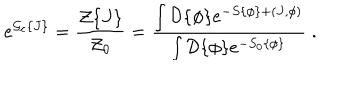
e ^ { { \cal { G } } _ { \mathrm { c } } \{ J \} } = \frac { { \cal { Z } } \{ J \} } { { \cal { Z } } _ { 0 } } = \frac { \int { \cal { D } } \{ \phi \} e ^ { - S \{ \phi \} + ( J , \phi ) } } { \int { \cal { D } } \{ \phi \} e ^ { - S _ { 0 } \{ \phi \} } } \; .